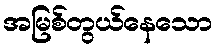
အမြစ်တွယ်နေသော